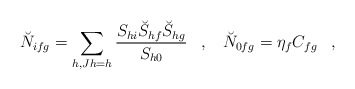
\begin{align*}\breve{N}_{ifg} = \sum_{h, Jh=h} \frac{S_{hi} \breve{S}_{hf}\breve{S}_{hg}}{S_{h0}} \;\;\; , \;\;\; \breve{N}_{0fg} = \eta_f C_{fg}\;\;\; ,\end{align*}